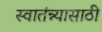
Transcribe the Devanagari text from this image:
स्वातंन्न्यासाठी